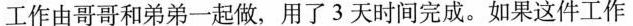
工作由哥哥和弟弟一起做，用了3天时间完成。如果这件工作